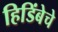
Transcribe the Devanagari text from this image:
हिडिंबेचे